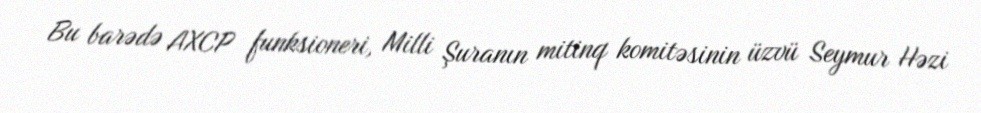
Bu barədə AXCP funksioneri, Milli Şuranın mitinq komitəsinin üzvü Seymur Həzi